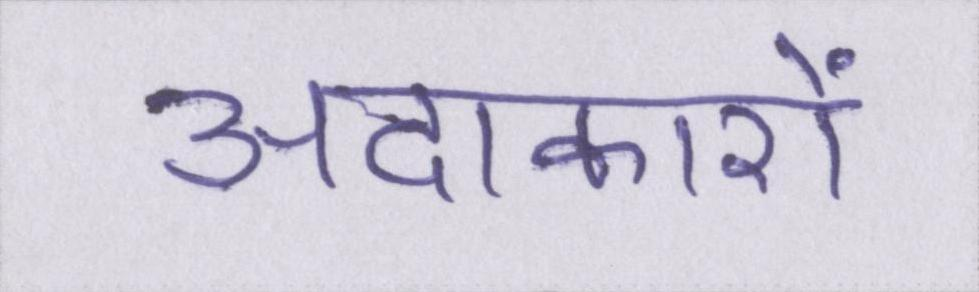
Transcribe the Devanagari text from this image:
अदाकारों